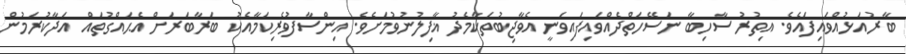
ބާރުއަޅުއްވައިފައެވެ. އިތުރު ސާހިބާ ނަސޭހަތްދެއްވައިފައިވަނީ އެވާޖިބުތަކާމެދު ޣާފިލުނުވުމަށެވެ. އިންސާފުވެރިކަމާއެކު ބަރާބަރަށް އެޙައްގުތައް އަދާކުރަމުން